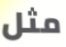
مثل